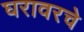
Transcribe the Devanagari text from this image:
घरावरचे